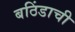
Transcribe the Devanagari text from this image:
बठिंडाची